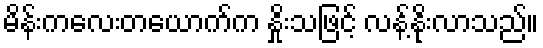
မိန်းကလေးတယောက်က နှိုးသဖြင့် လန့်နိုးလာသည်။